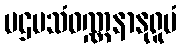
ပဌမသံဝဏ္ဏနာနုရူပံ